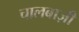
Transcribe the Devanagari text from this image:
चालबाज़ी